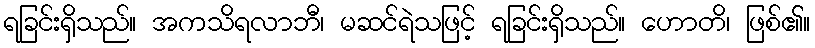
ရခြင်းရှိသည်။ အကသိရလာဘီ၊ မဆင်ရဲသဖြင့် ရခြင်းရှိသည်။ ဟောတိ၊ ဖြစ်၏။